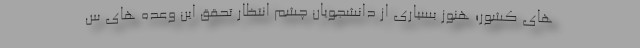
های کشور؛ هنوز بسیاری از دانشجویان چشم انتظار تحقق این وعده های س